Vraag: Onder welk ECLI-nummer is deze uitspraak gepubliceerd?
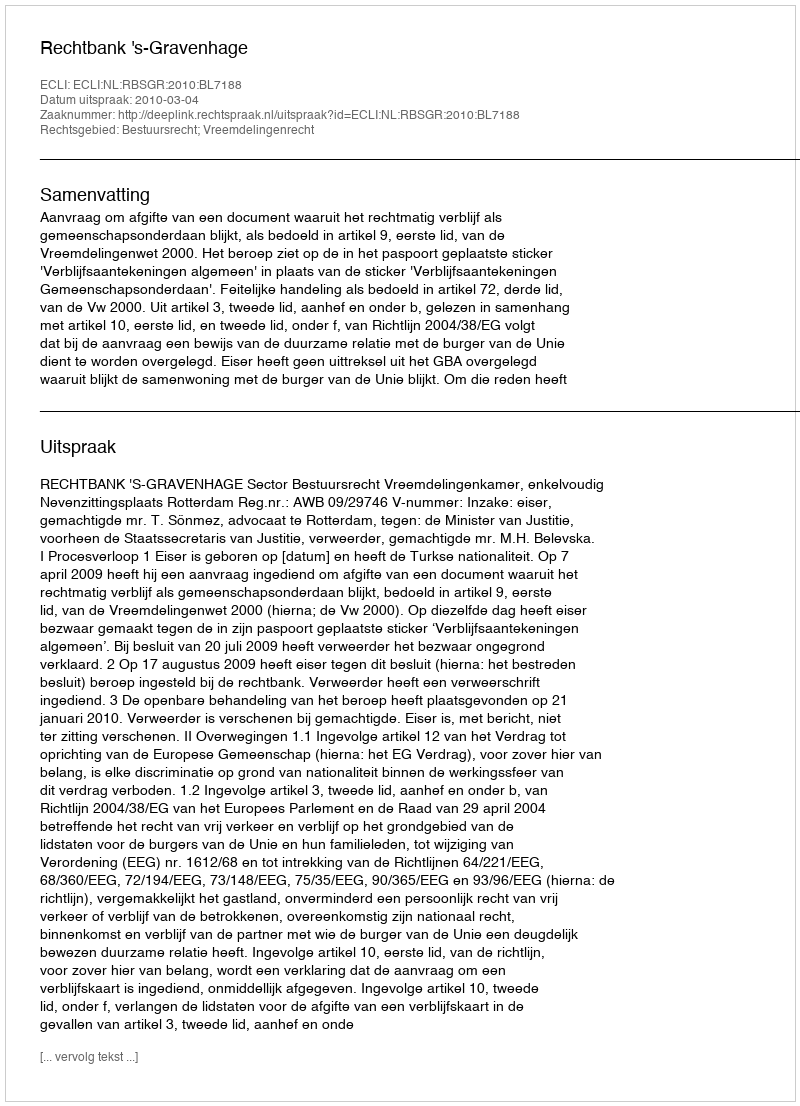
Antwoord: ECLI:NL:RBSGR:2010:BL7188